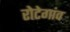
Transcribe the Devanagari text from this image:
रोटेगांव